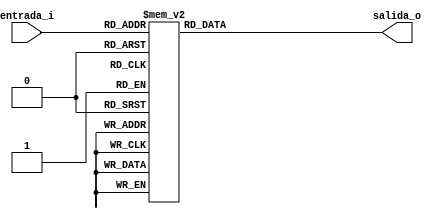
module display7seg(
	input				[3:0] entrada_i,
	output reg		[6:0] salida_o
	);
	
	always @*
	begin
		case(entrada_i)
			4'h0:
				salida_o = 7'b100000;
			4'h1:
				salida_o = 7'b1111001;
			4'h2:
				salida_o = 7'b0100100;
			4'h3:
				salida_o = 7'b0110000;
			4'h4:
				salida_o = 7'b0011001;
			4'h5:
				salida_o = 7'b0010010;
			4'h6:
				salida_o = 7'b0000010;
			4'h7:
				salida_o = 7'b0111000;
			4'h8:
				salida_o = 7'b0000000;
			4'h9:
				salida_o = 7'b0010000;
			4'ha:
				salida_o = 7'b0001000;
			4'hb:
				salida_o = 7'b0000011;
			4'hc:
				salida_o = 7'b0100111;
			4'hd:
				salida_o = 7'b0100001;
			4'he:
				salida_o = 7'b0001010;
			4'hf:
				salida_o = 7'b0001110;	
		endcase
	end

endmodule